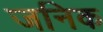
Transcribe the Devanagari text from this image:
जनिक